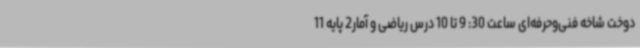
دوخت شاخه فنی‌وحرفه‌ای ساعت 30: 9 تا 10 درس ریاضی و آمار2 پایه 11